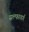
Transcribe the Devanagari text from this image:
सल्फावर्ग